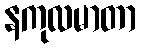
နကုလမာတာ